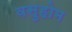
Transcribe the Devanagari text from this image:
वसुहोम